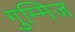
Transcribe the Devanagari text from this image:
गुम्मिज